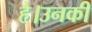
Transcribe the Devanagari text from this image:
है।उनकी